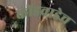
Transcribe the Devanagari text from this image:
कोंडवाडेच